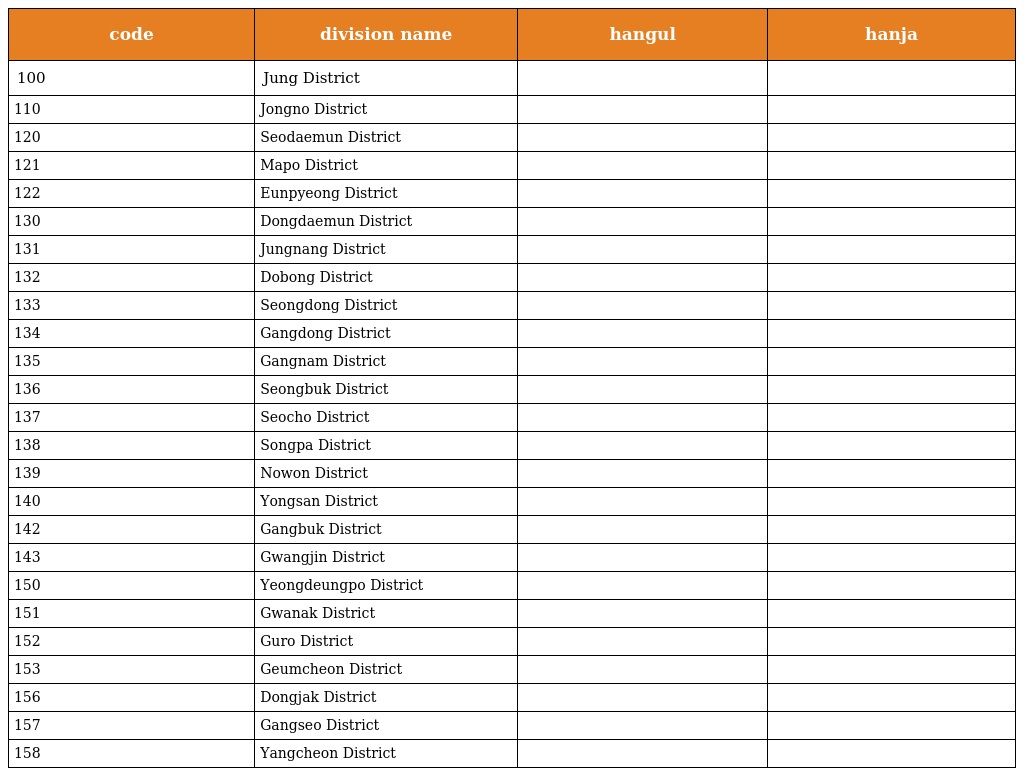
| code | division name | hangul | hanja |
 | --- | --- | --- | --- |
 | 100 | Jung District | 중구 | 中區 |
 | 110 | Jongno District | 종로구 | 鍾路區 |
 | 120 | Seodaemun District | 서대문구 | 西大門區 |
 | 121 | Mapo District | 마포구 | 麻浦區 |
 | 122 | Eunpyeong District | 은평구 | 恩平區 |
 | 130 | Dongdaemun District | 동대문구 | 東大門區 |
 | 131 | Jungnang District | 중랑구 | 中浪區 |
 | 132 | Dobong District | 도봉구 | 道峰區 |
 | 133 | Seongdong District | 성동구 | 城東區 |
 | 134 | Gangdong District | 강동구 | 江東區 |
 | 135 | Gangnam District | 강남구 | 江南區 |
 | 136 | Seongbuk District | 성북구 | 城北區 |
 | 137 | Seocho District | 서초구 | 瑞草區 |
 | 138 | Songpa District | 송파구 | 松坡區 |
 | 139 | Nowon District | 노원구 | 蘆原區 |
 | 140 | Yongsan District | 용산구 | 龍山區 |
 | 142 | Gangbuk District | 강북구 | 江北區 |
 | 143 | Gwangjin District | 광진구 | 廣津區 |
 | 150 | Yeongdeungpo District | 영등포구 | 永登浦區 |
 | 151 | Gwanak District | 관악구 | 冠岳區 |
 | 152 | Guro District | 구로구 | 九老區 |
 | 153 | Geumcheon District | 금천구 | 衿川區 |
 | 156 | Dongjak District | 동작구 | 銅雀區 |
 | 157 | Gangseo District | 강서구 | 江西區 |
 | 158 | Yangcheon District | 양천구 | 陽川區 |